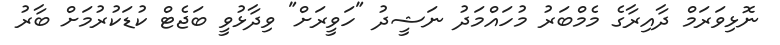
ނޮޅިވަރަމް ދާއިރާގެ މެމްބަރު މުހައްމަދު ނަޝީދު "ހަވީރަށް" ވިދާޅުވީ ބަޖެޓް ކުޑަކުރުމަށް ބާރު